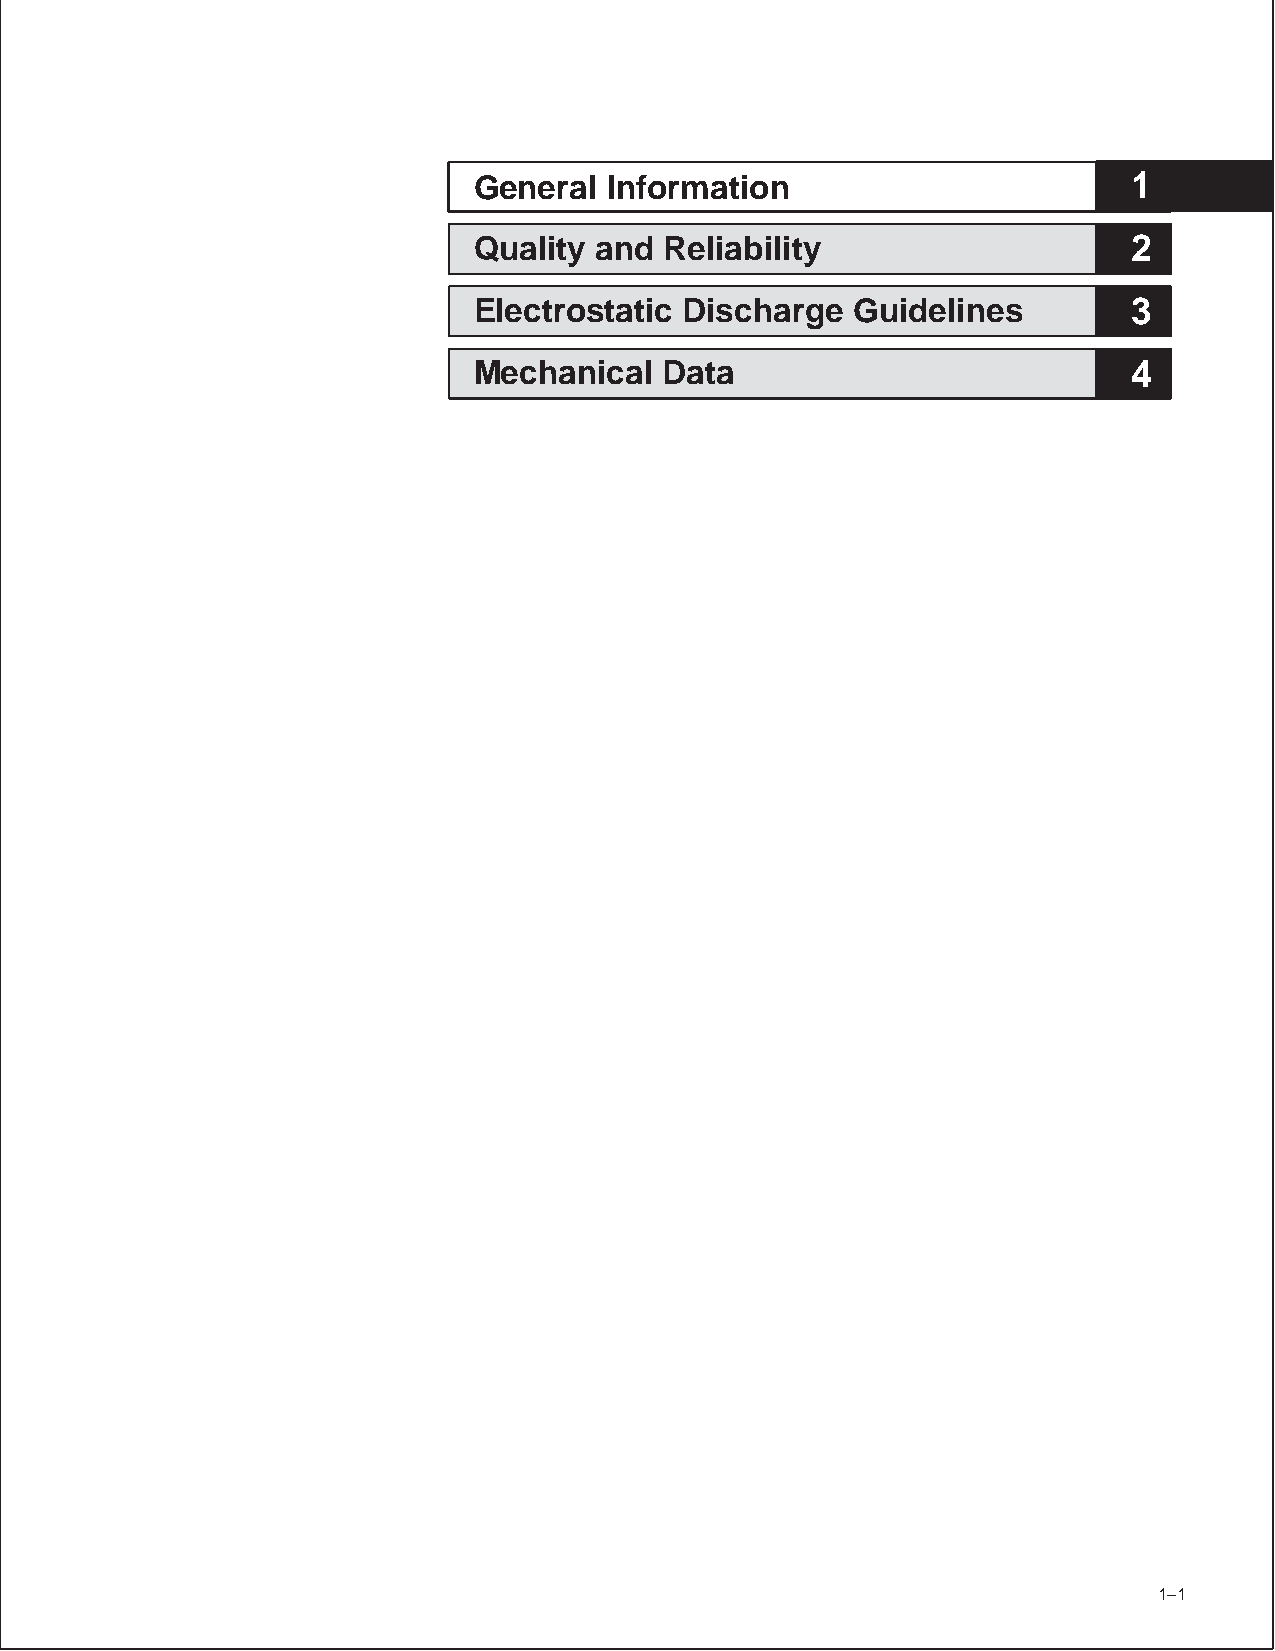
General  Information                        1
 Quality and  Reliability                    2
 Electrostatic Discharge  Guidelines         3
 Mechanical   Data                           4
 POST OFFICE BOX 1443 • HOUSTON, TEXAS 77251–1443 1–1